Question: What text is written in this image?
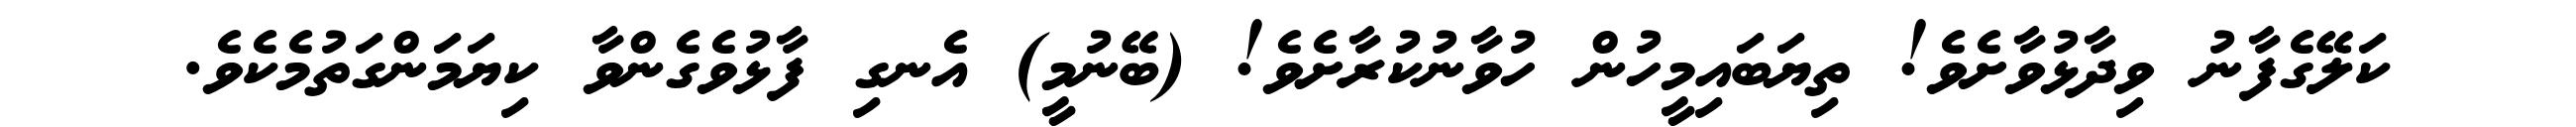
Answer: ކަލޭގެފާނު ވިދާޅުވާށެވެ! ތިޔަބައިމީހުން ހުވާނުކުރާށެވެ! (ބޭނުމީ) އެނގި ފާޅުވެގެންވާ ކިޔަމަންގަތުމެކެވެ.